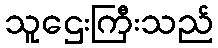
သူဌေးကြီးသည်